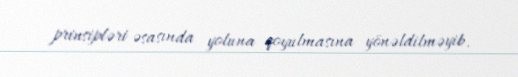
prinsipləri əsasında yoluna qoyulmasına yönəldilməyib.